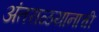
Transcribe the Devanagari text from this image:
अंतराळयानाची